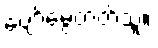
ပျော်မွေ့တတ်သူ။